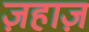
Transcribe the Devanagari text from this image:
ज़हाज़